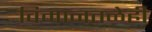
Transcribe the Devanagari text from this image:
विमानतळेही